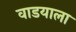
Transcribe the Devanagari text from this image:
वाडयाला